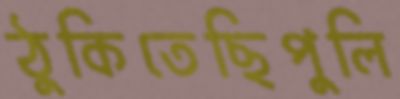
ঠুকিতেছিপুলি